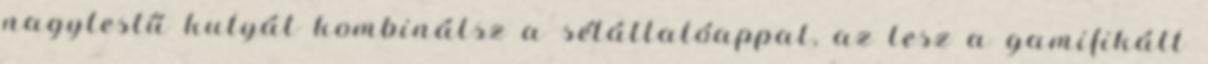
nagytestű kutyát kombinálsz a sétáltatóappal, az lesz a gamifikált